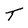
Character: T